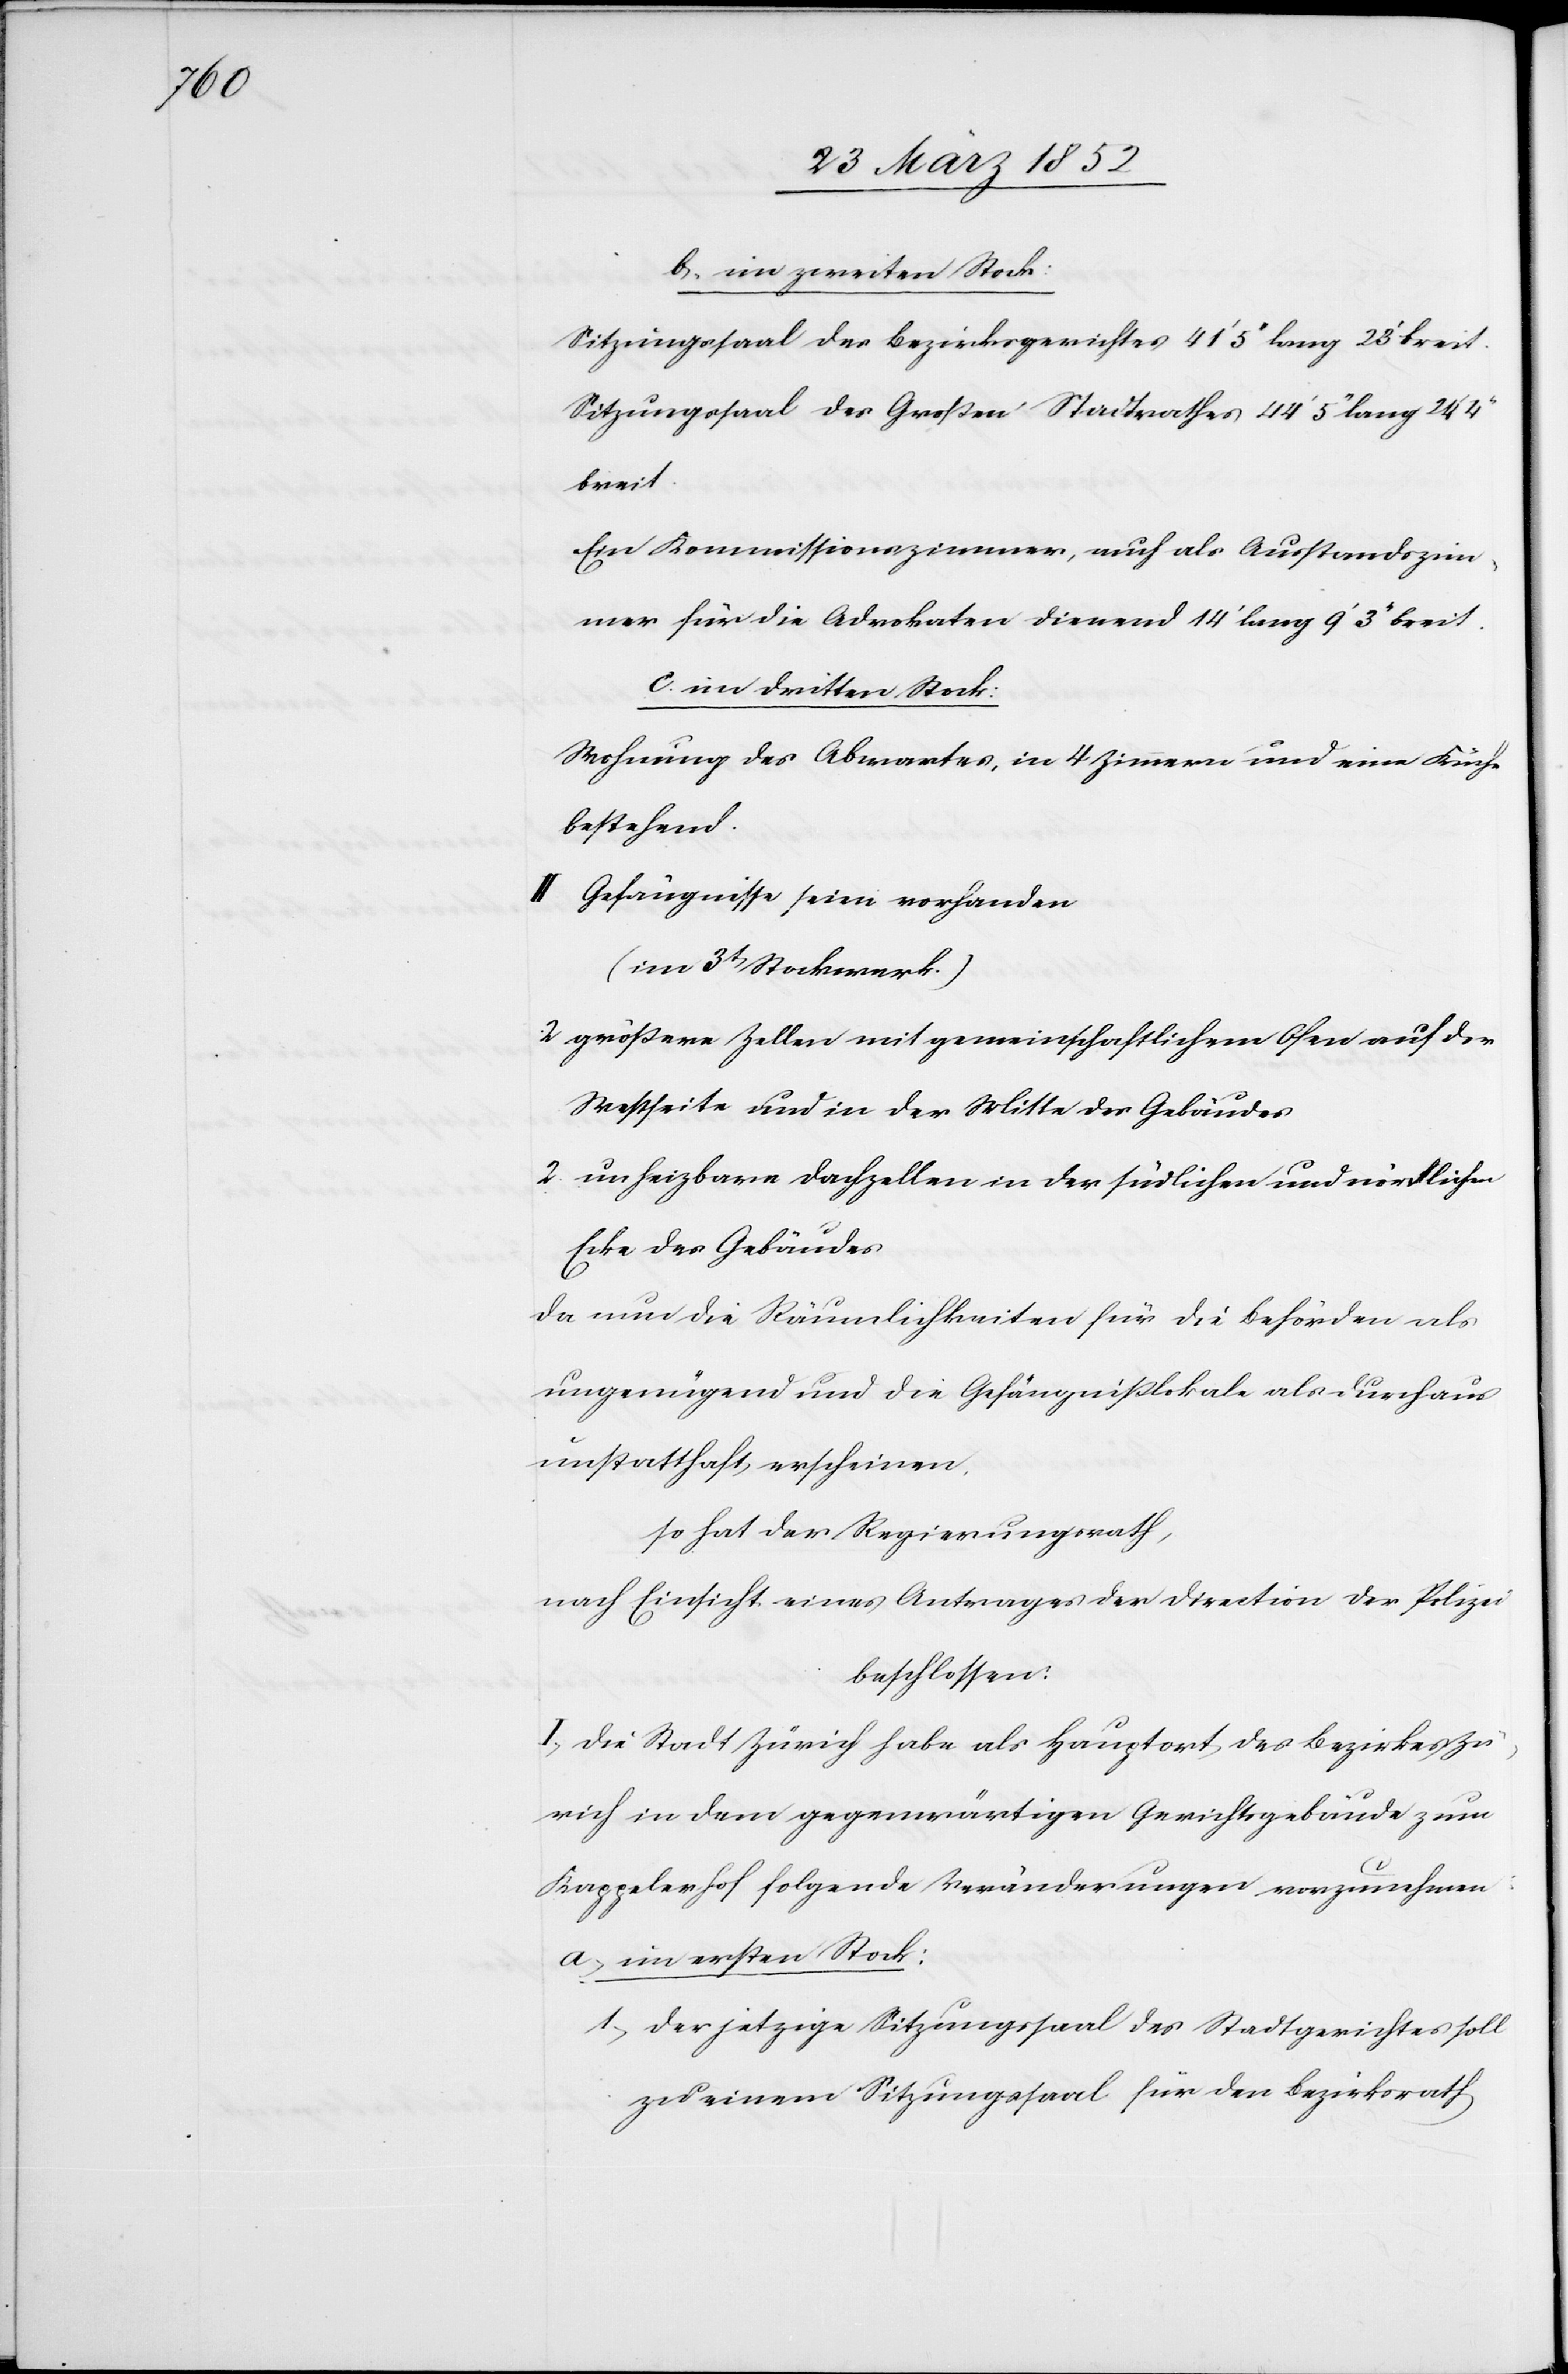
b) im zweiten Stock:
Sitzungssaal des Bezirksgerichtes 41‘ 5‘‘ lang und 23‘ breit.
Sitzungssaal des Großen Stadtrathes 44‘ 5‘‘ lang 24‘ 4‘‘
breit.
Ein Kommissionszimmer, auch als Ausstandszim¬
mer für die Advokaten dienend 14‘ lang 9‘ 3‘‘ breit.
c) im dritten Stock:
Wohnung des Abwartes, in 4 Zimmern und einer Küche
bestehend.
II. Gefängnisse seien vorhanden
(im 3t Stockwerk.)
2 größere Zellen mit gemeinschaftlichem Ofen auf der
Westseite und in der Mitte des Gebäudes
2 unheizbare Dachzellen in der südlichen und nördlichen
Ecke des Gebäudes
Da nun die Räumlichkeiten für die Behörden als
ungenügend und die Gefängnißlokale als durchaus
unstatthaft erscheinen,
so hat der Regierungsrath,
nach Einsicht eines Antrages der Direction der Polizei
beschlossen:
I. Die Stadt Zürich habe als Hauptort des Bezirkes Zü¬
rich in dem gegenwärtigen Gerichtsgebäude zum
Kappelerhof folgende Veränderungen vorzunehmen:
a. im ersten Stock:
1) Der jetzige Sitzungssaal des Stadtgerichtes soll
zu einem Sitzungssaal für den Bezirksrath